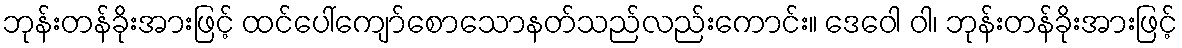
ဘုန်းတန်ခိုးအားဖြင့် ထင်ပေါ်ကျော်စောသောနတ်သည်လည်းကောင်း။ ဒေဝေါ ဝါ၊ ဘုန်းတန်ခိုးအားဖြင့်